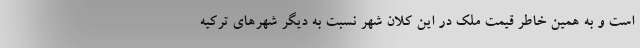
است و به همین خاطر قیمت ملک در این کلان شهر نسبت به دیگر شهرهای ترکیه